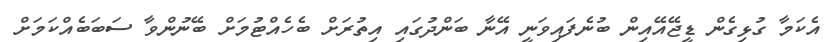
އެކަމާ ގުޅިގެން ޑީޖޭއޭއިން ބުނެފައިވަނީ އޭނާ ބަންދުގައި އިތުރަށް ބެހެއްޓުމަށް ބޭނުންވާ ސަބަބެއްކަމަށް